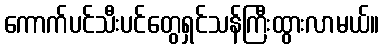
ကောက်ပင်သီးပင်တွေရှင်သန်ကြီးထွားလာမယ်။